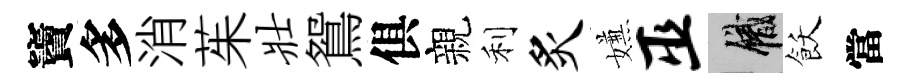
竇多消茱壮鴛俱親利炙嫌巫識飫當